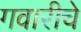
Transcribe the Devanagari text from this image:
गवारीचे